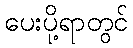
ပေးပို့ရာတွင်